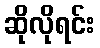
ဆိုလိုရင်း